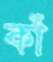
কাঁ